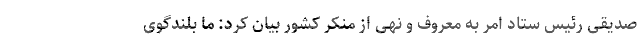
صدیقی رئیس ستاد امر به معروف و نهی از منکر کشور بیان کرد: ما بلندگوی